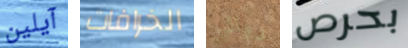
آيلين الخرافات دوائي بحرص